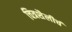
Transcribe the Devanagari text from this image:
चित्रशैलीचं